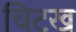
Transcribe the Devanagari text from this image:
चिटख